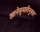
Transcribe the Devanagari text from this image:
खानेसुमारीनुसार